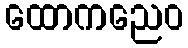
ထောကညေဝ